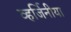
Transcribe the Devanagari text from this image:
व्हर्जिनीया